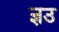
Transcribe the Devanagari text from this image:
ज्ञउ